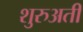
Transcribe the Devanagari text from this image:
शुरुअती